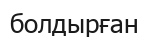
болдырған